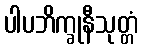
ပါပဘိက္ခုနီသုတ္တံ